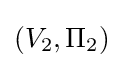
(V_{2},\Pi _{2})